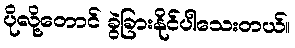
ပိုလို့တောင် ခွဲခြားနိုင်ပါသေးတယ်။